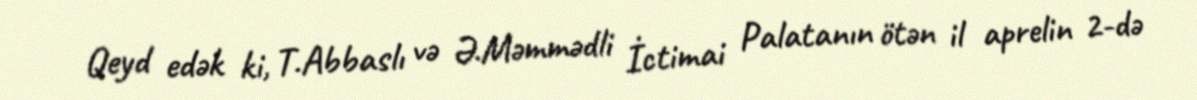
Qeyd edək ki, T.Abbaslı və Ə.Məmmədli İctimai Palatanın ötən il aprelin 2-də